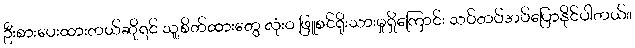
ဦးစားပေးထားတယ်ဆိုရင် သူ့စိတ်ထားတွေ လုံးဝ ဖြူစင်ရိုးသားမှုရှိကြောင်း သပ်တပ်အပ်ပြောနိုင်ပါတယ်။